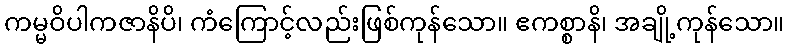
ကမ္မဝိပါကဇာနိပိ၊ ကံကြောင့်လည်းဖြစ်ကုန်သော။ ဧကစ္စာနိ၊ အချို့ကုန်သော။